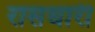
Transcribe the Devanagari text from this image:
रासधारी